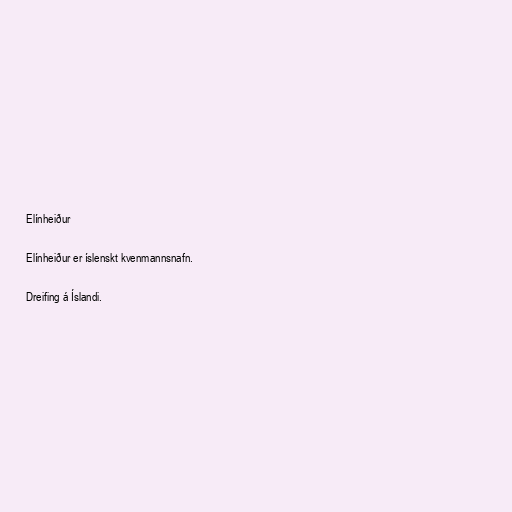
Elínheiður

Elínheiður er íslenskt kvenmannsnafn.

Dreifing á Íslandi.